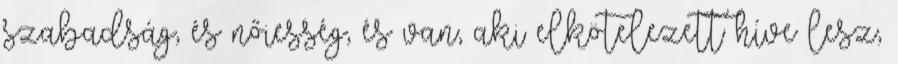
szabadság, és nőiesség, és van, aki elkötelezett híve lesz,